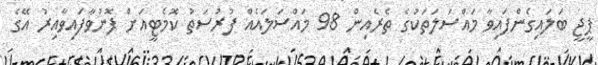
ޕީޖީ ބަލައިގެންފައިވާ މައްސަލަތަކުގެ ތެރެއިން 98 މައްސަލައެއް ފުރުސަތު ކޮމެޓީއަށް ފޮނުވާފައިވާއިރު އޭގެ